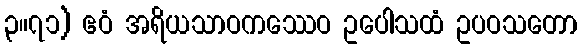
၃။၇၁) ဧဝံ အရိယသာဝကဿေဝ ဥပေါသထံ ဥပဝသတော